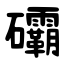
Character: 䃻